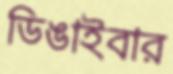
ডিঙাইবার